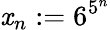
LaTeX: \mathit{x}_{n}:=6^{5^{n}}